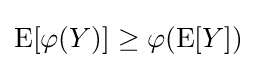
\operatorname {E} [\varphi (Y)]\geq \varphi (\operatorname {E} [Y])